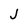
Character: j